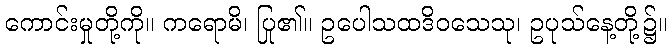
ကောင်းမှုတို့ကို။ ကရောမိ၊ ပြု၏။ ဥပေါသထဒိဝသေသု၊ ဥပုသ်နေ့တို့၌။